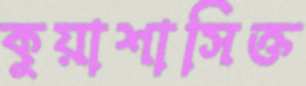
কুয়াশাসিক্ত